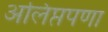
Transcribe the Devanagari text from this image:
अलिप्तपणा